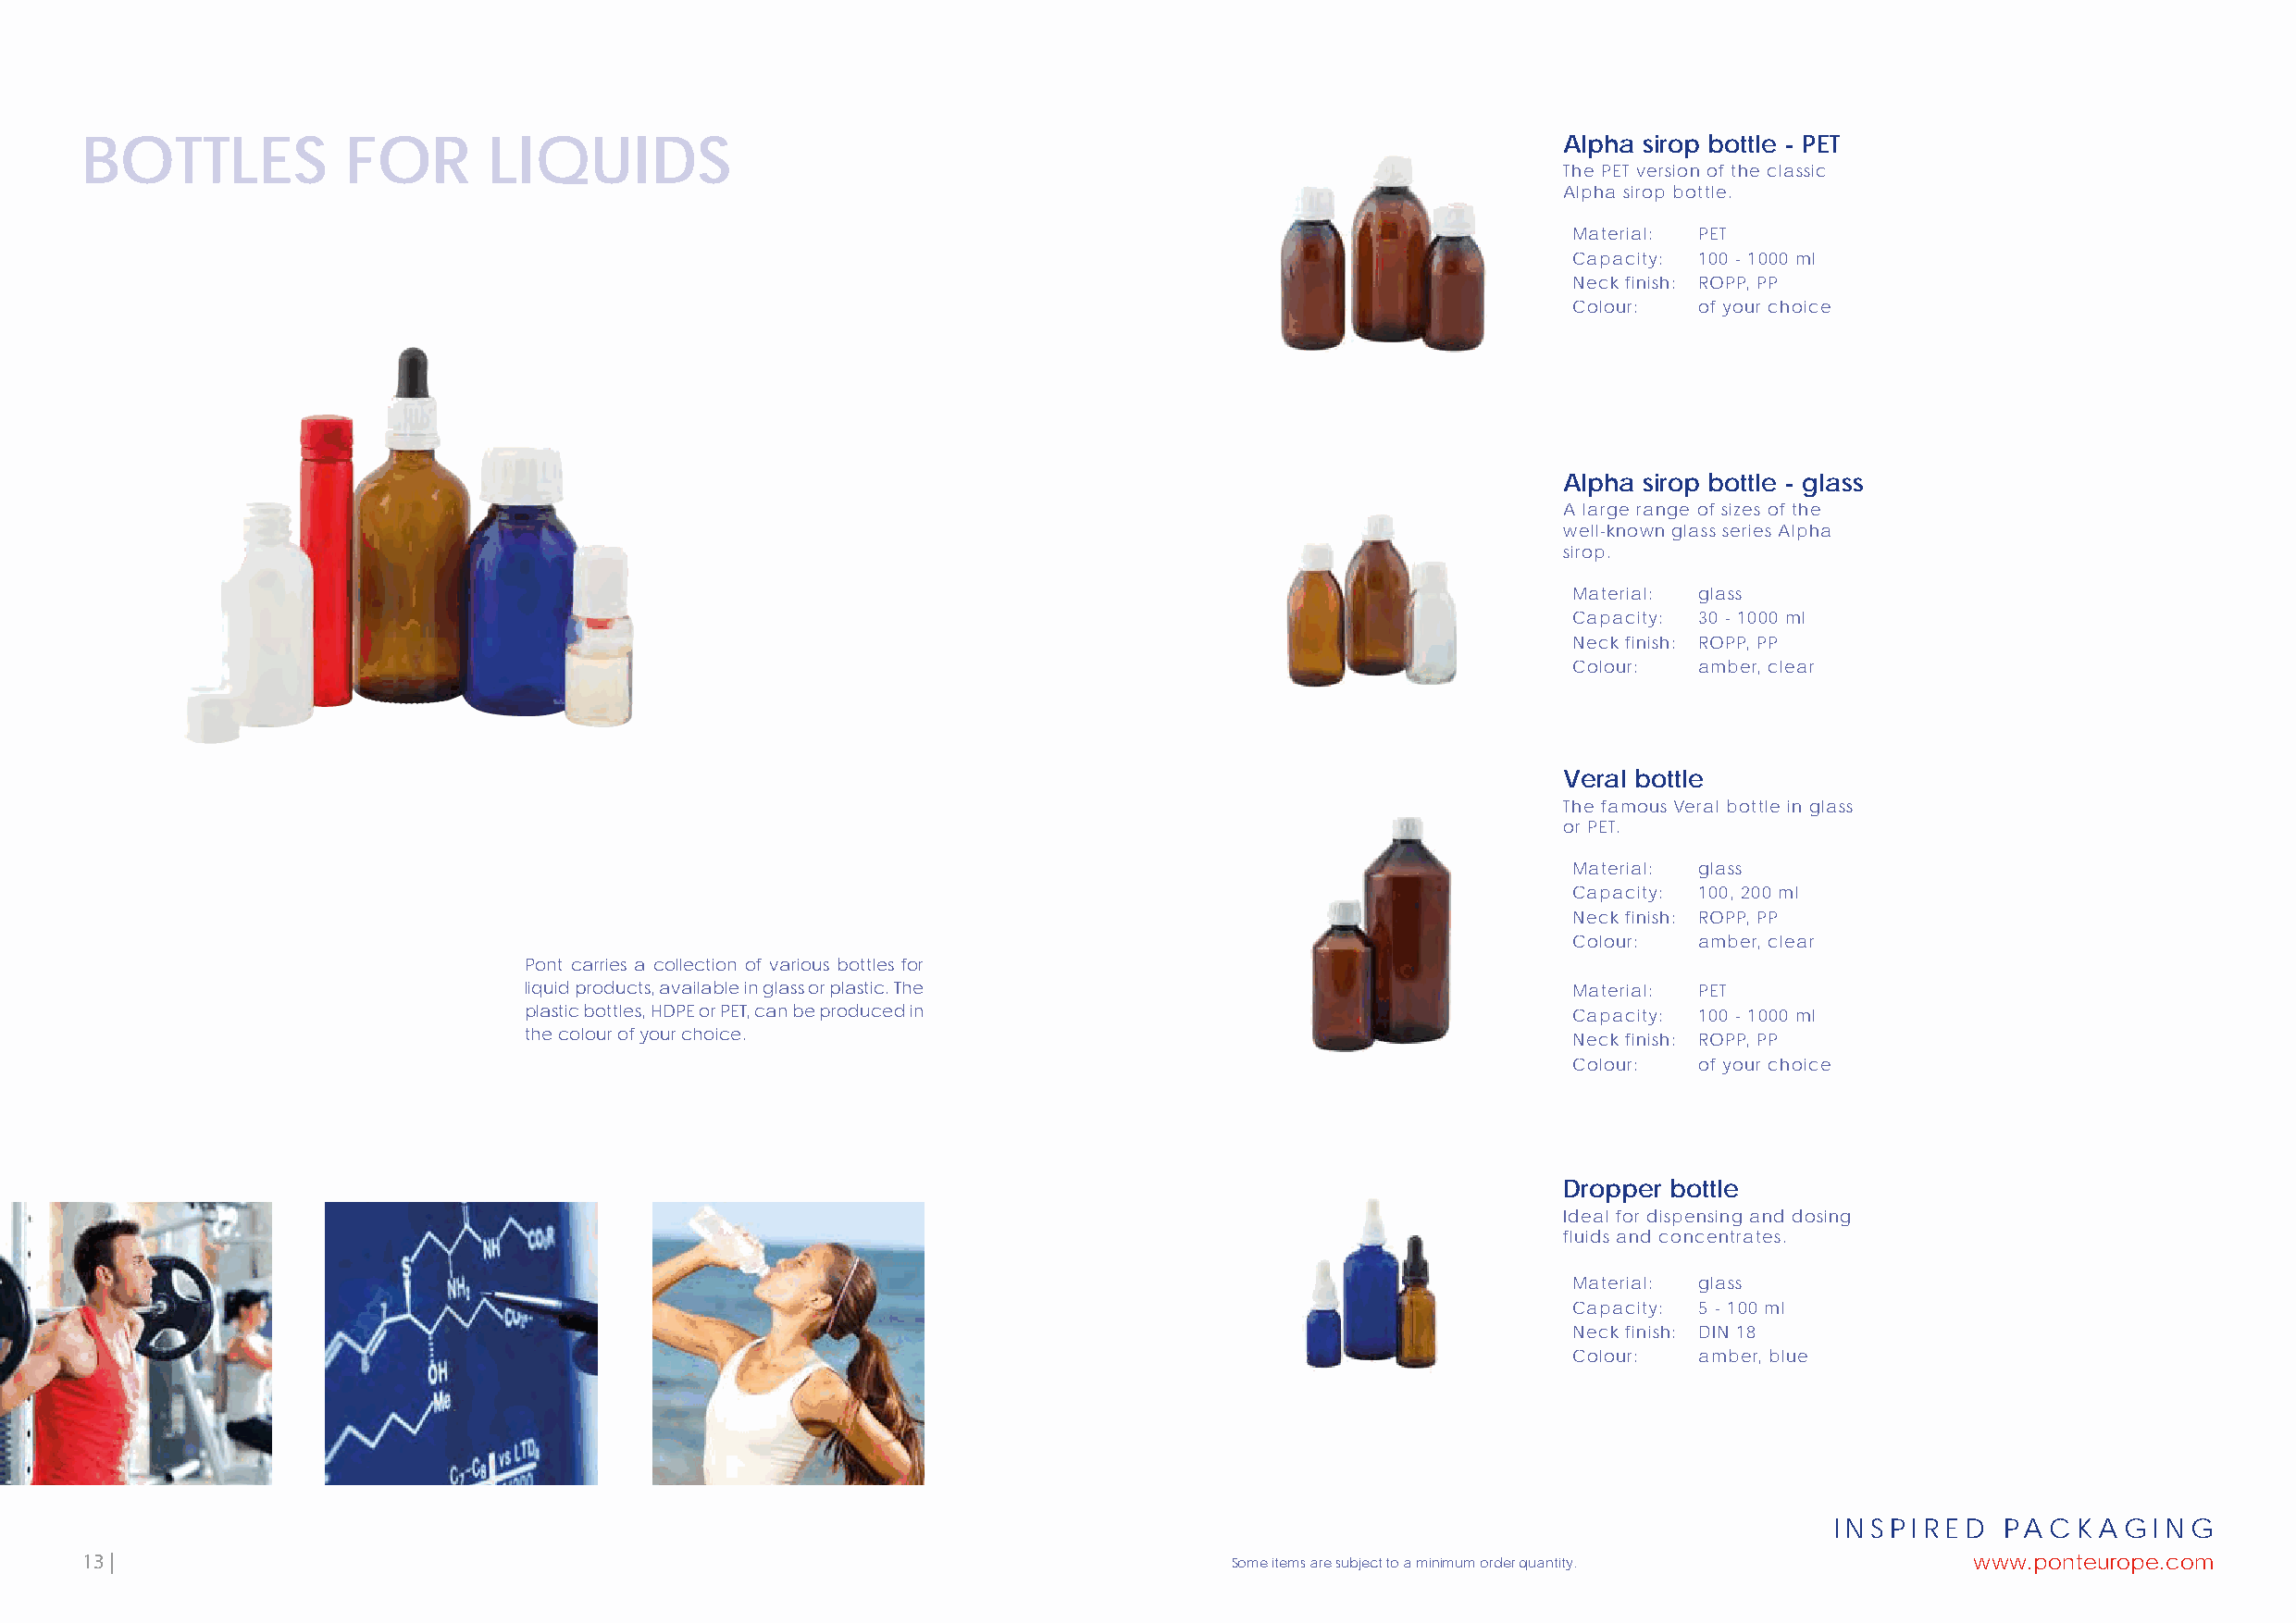
BOTTLES            FOR       LIQUIDS                                                                      Alpha sirop bottle - PET
 The PET version of the classic
 Alpha sirop bottle.
 Material: PET
 Capacity: 100 - 1000 ml
 Neck finish: ROPP, PP
 Colour:  of your choice
 Alpha sirop bottle - glass
 A large range of sizes of the
 well-known glass series Alpha
 sirop.
 Material: glass
 Capacity: 30 - 1000 ml
 Neck finish: ROPP, PP
 Colour:  amber, clear
 Veral bottle
 The famous Veral bottle in glass
 or PET.
 Material: glass
 Capacity: 100, 200 ml
 Neck finish: ROPP, PP
 Colour:  amber, clear
 Pont carries a collection of various bottles for
 liquid products, available in glass or plastic. The                       Material: PET
 plastic bottles, HDPE or PET, can be produced in                          Capacity: 100 - 1000 ml
 the colour of your choice.                                                Neck finish: ROPP, PP
 Colour:  of your choice
 Dropper bottle
 Ideal for dispensing and dosing
 fluids and concentrates.
 Material: glass
 Capacity: 5 - 100 ml
 Neck finish: DIN 18
 Colour:  amber, blue
 INSPIRED    PACKAGING
 13 |                                                                              Some items are subject to a minimum order quantity.  www.ponteurope.com